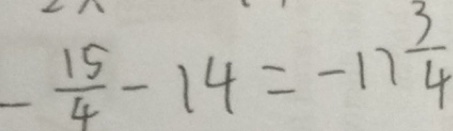
- \frac { 1 5 } { 4 } - 1 4 = - 1 7 \frac { 3 } { 4 }